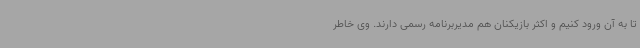
تا به آن ورود کنیم و اکثر بازیکنان هم مدیربرنامه رسمی دارند. وی خاطر